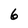
Character: 6